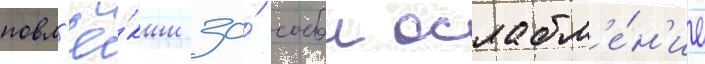
повл'ё́кши за́ собои ослабл'е́н'ие